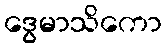
ဒွေမာသိကော